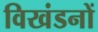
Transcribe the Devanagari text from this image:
विखंडनों